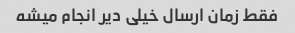
فقط زمان ارسال خیلی دیر انجام میشه